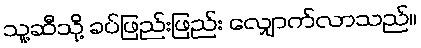
သူ့ဆီသို့ ခပ်ဖြည်းဖြည်း လျှောက်လာသည်။